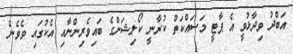
އަބްދު ވިދާޅުވީ އެ ޕާޓީ މަސައްކަތް ކުރާނީ ކޯލިޝަންގެ ބައިވެރިންނާއި އެކުގައި ވެވެން